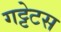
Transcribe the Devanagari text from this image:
गट्टेटस